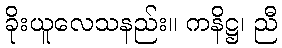
ခိုးယူလေသနည်း။ ကနိဋ္ဌ၊ ညီ